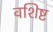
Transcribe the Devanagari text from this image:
वशिष्ट